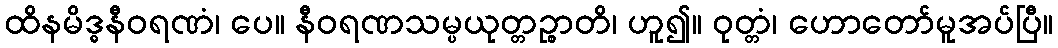
ထိနမိဒ္ဓနီဝရဏံ၊ ပေ။ နီဝရဏသမ္ပယုတ္တဉ္စာတိ၊ ဟူ၍။ ဝုတ္တံ၊ ဟောတော်မူအပ်ပြီ။